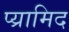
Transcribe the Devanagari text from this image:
प्य्रामिद